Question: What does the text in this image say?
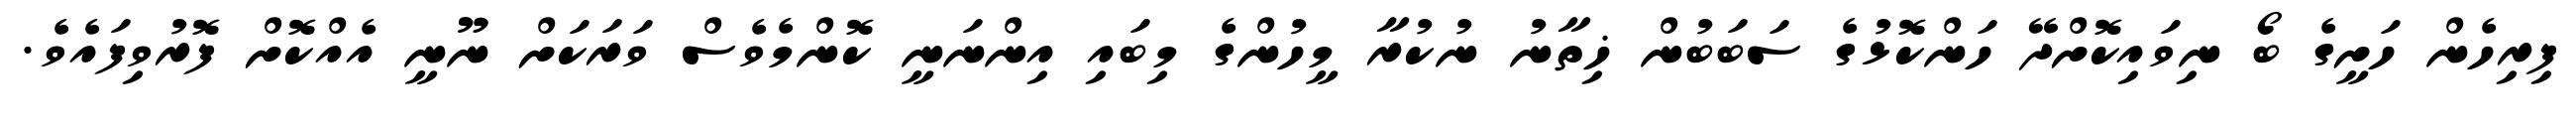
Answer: ފިރިހެން ހަށީގެ ބޯ ނިވައިކޮށްދޭ ހަންކޮޅުގެ ސަބަބުން ޚިތާނު ނުކުރާ މީހުންގެ މިބައި އިންނަނީ ކޮންމެވެސް ވަރަކަށް ނޫނީ އެއްކޮށް ފޮރުވިފައެވެ.